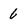
Character: 6